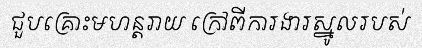
ជួបគ្រោះមហន្តរាយ ក្រៅពីការងារស្នូលរបស់